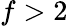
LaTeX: f>2